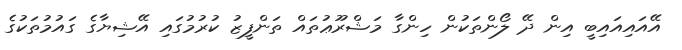
އޭއައިއައިބީ އިން ދޭ ލޯންތަކުން ހިންގާ މަޝްރޫޢުތައް ތަންފީޒު ކުރުމުގައި އޭޝިޔާގެ ގައުމުތަކުގެ